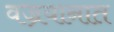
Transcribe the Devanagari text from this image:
वज्रयानात